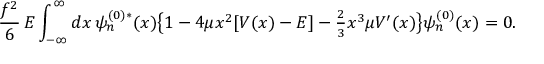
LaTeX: \frac { f ^ { 2 } } { 6 } \, E \int _ { - \infty } ^ { \infty } d x \, \psi _ { n } ^ { ( 0 ) * } ( x ) \bigl \{ 1 - 4 \mu x ^ { 2 } [ V ( x ) - E ] - { \textstyle \frac { 2 } { 3 } } x ^ { 3 } \mu V ^ { \prime } ( x ) \bigr \} \psi _ { n } ^ { ( 0 ) } ( x ) = 0 .